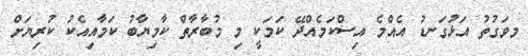
މވަގުތު އަޅުގަނޑު އެއްމެ އިސްކަމެއްދޭ ކަމަކީ މި މުބާރާތް ކާމިޔާބު ކަމާއިއެކު ކުރިޔަށް